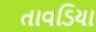
તાવડિયા